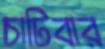
চাটিবার